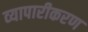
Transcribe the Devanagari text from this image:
व्‍यापारीकरण